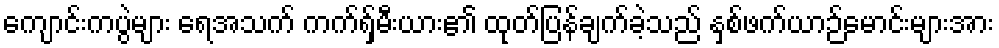
ကျောင်းကပွဲများ ရေအသက် ကက်ရှ်မီးယား၏ ထုတ်ပြန်ချက်ခဲ့သည် နှစ်ဖက်ယာဉ်မောင်းများအား